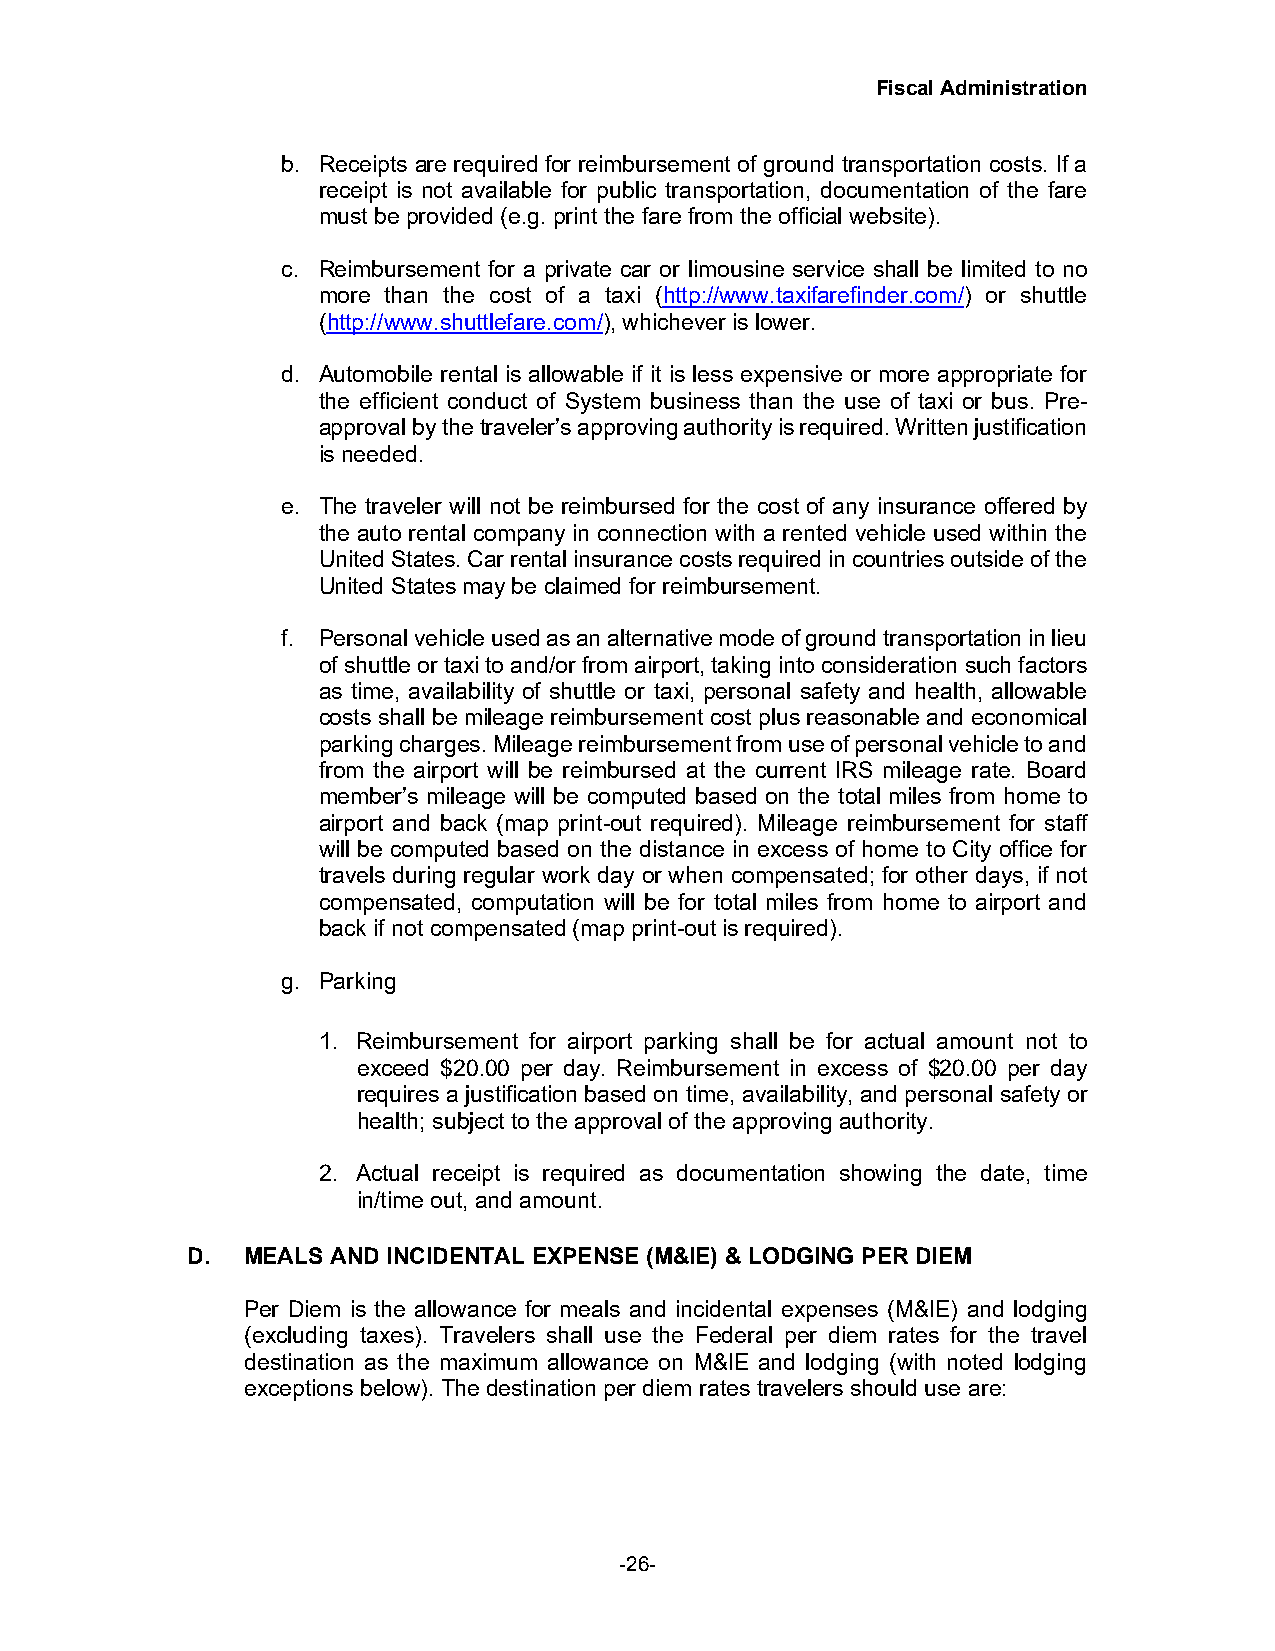
Fiscal Administration
 b. Receipts are required for reimbursement of ground transportation costs. If a
 receipt is not available for public transportation, documentation of the fare
 must be provided (e.g. print the fare from the official website).
 c. Reimbursement for a private car or limousine service shall be limited to no
 more than the cost of a taxi (http://www.taxifarefinder.com/) or shuttle
 (http://www.shuttlefare.com/), whichever is lower.
 d. Automobile rental is allowable if it is less expensive or more appropriate for
 the efficient conduct of System business than the use of taxi or bus. Pre-
 approval by the traveler’s approving authority is required. Written justification
 is needed.
 e. The traveler will not be reimbursed for the cost of any insurance offered by
 the auto rental company in connection with a rented vehicle used within the
 United States. Car rental insurance costs required in countries outside of the
 United States may be claimed for reimbursement.
 f. Personal vehicle used as an alternative mode of ground transportation in lieu
 of shuttle or taxi to and/or from airport, taking into consideration such factors
 as time, availability of shuttle or taxi, personal safety and health, allowable
 costs shall be mileage reimbursement cost plus reasonable and economical
 parking charges. Mileage reimbursement from use of personal vehicle to and
 from the airport will be reimbursed at the current IRS mileage rate. Board
 member’s mileage will be computed based on the total miles from home to
 airport and back (map print-out required). Mileage reimbursement for staff
 will be computed based on the distance in excess of home to City office for
 travels during regular work day or when compensated; for other days, if not
 compensated, computation will be for total miles from home to airport and
 back if not compensated (map print-out is required).
 g. Parking
 1. Reimbursement for airport parking shall be for actual amount not to
 exceed $20.00 per day. Reimbursement in excess of $20.00 per day
 requires a justification based on time, availability, and personal safety or
 health; subject to the approval of the approving authority.
 2. Actual receipt is required as documentation showing the date, time
 in/time out, and amount.
 D.  MEALS AND INCIDENTAL EXPENSE (M&IE) & LODGING PER DIEM
 Per Diem is the allowance for meals and incidental expenses (M&IE) and lodging
 (excluding taxes). Travelers shall use the Federal per diem rates for the travel
 destination as the maximum allowance on M&IE and lodging (with noted lodging
 exceptions below). The destination per diem rates travelers should use are:
 -26-